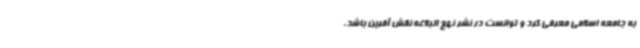
به جامعه اسلامی معرفی کرد و توانست در نشر نهج البلاغه نقش آفرین باشد.